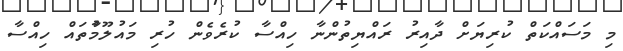
މި މަަސައްކަތް ކުރިޔަށް ދާއިރު ރައްޔިތުންނާ ހިއްސާ ކުރެވެން ހުރި މައުލޫމާުތައް ހިއްސާ